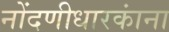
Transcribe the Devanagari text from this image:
नोंदणीधारकांना